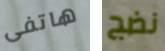
هاتفى نضج